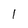
Character: 1